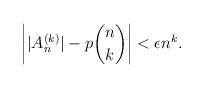
LaTeX: \begin{align*} \left| |A_n^{(k)}| - p \binom{n}{k} \right| < \epsilon n^k. \end{align*}